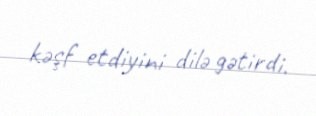
kəşf etdiyini dilə gətirdi.